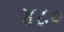
૪૮૦